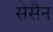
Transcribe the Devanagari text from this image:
सेसैन